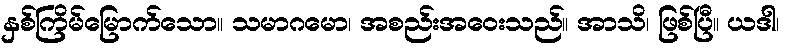
နှစ်ကြိမ်မြောက်သော။ သမာဂမော၊ အစည်းအဝေးသည်။ အာသိ၊ ဖြစ်ပြီ။ ယဒါ၊